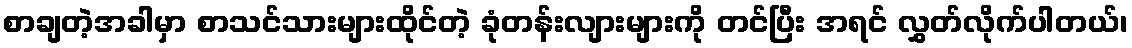
စာချတဲ့အခါမှာ စာသင်သားများထိုင်တဲ့ ခုံတန်းလျားများကို တင်ပြီး အရင် လွှတ်လိုက်ပါတယ်၊